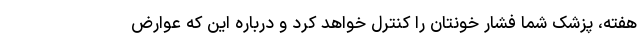
هفته، پزشک شما فشار خونتان را کنترل خواهد کرد و درباره این که عوارض